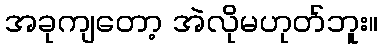
အခုကျတော့ အဲလိုမဟုတ်ဘူး။